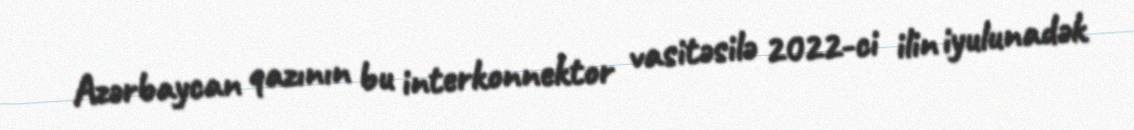
Azərbaycan qazının bu interkonnektor vasitəsilə 2022-ci ilin iyulunadək